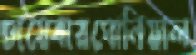
ঢায়েবারঘোনিয়াল